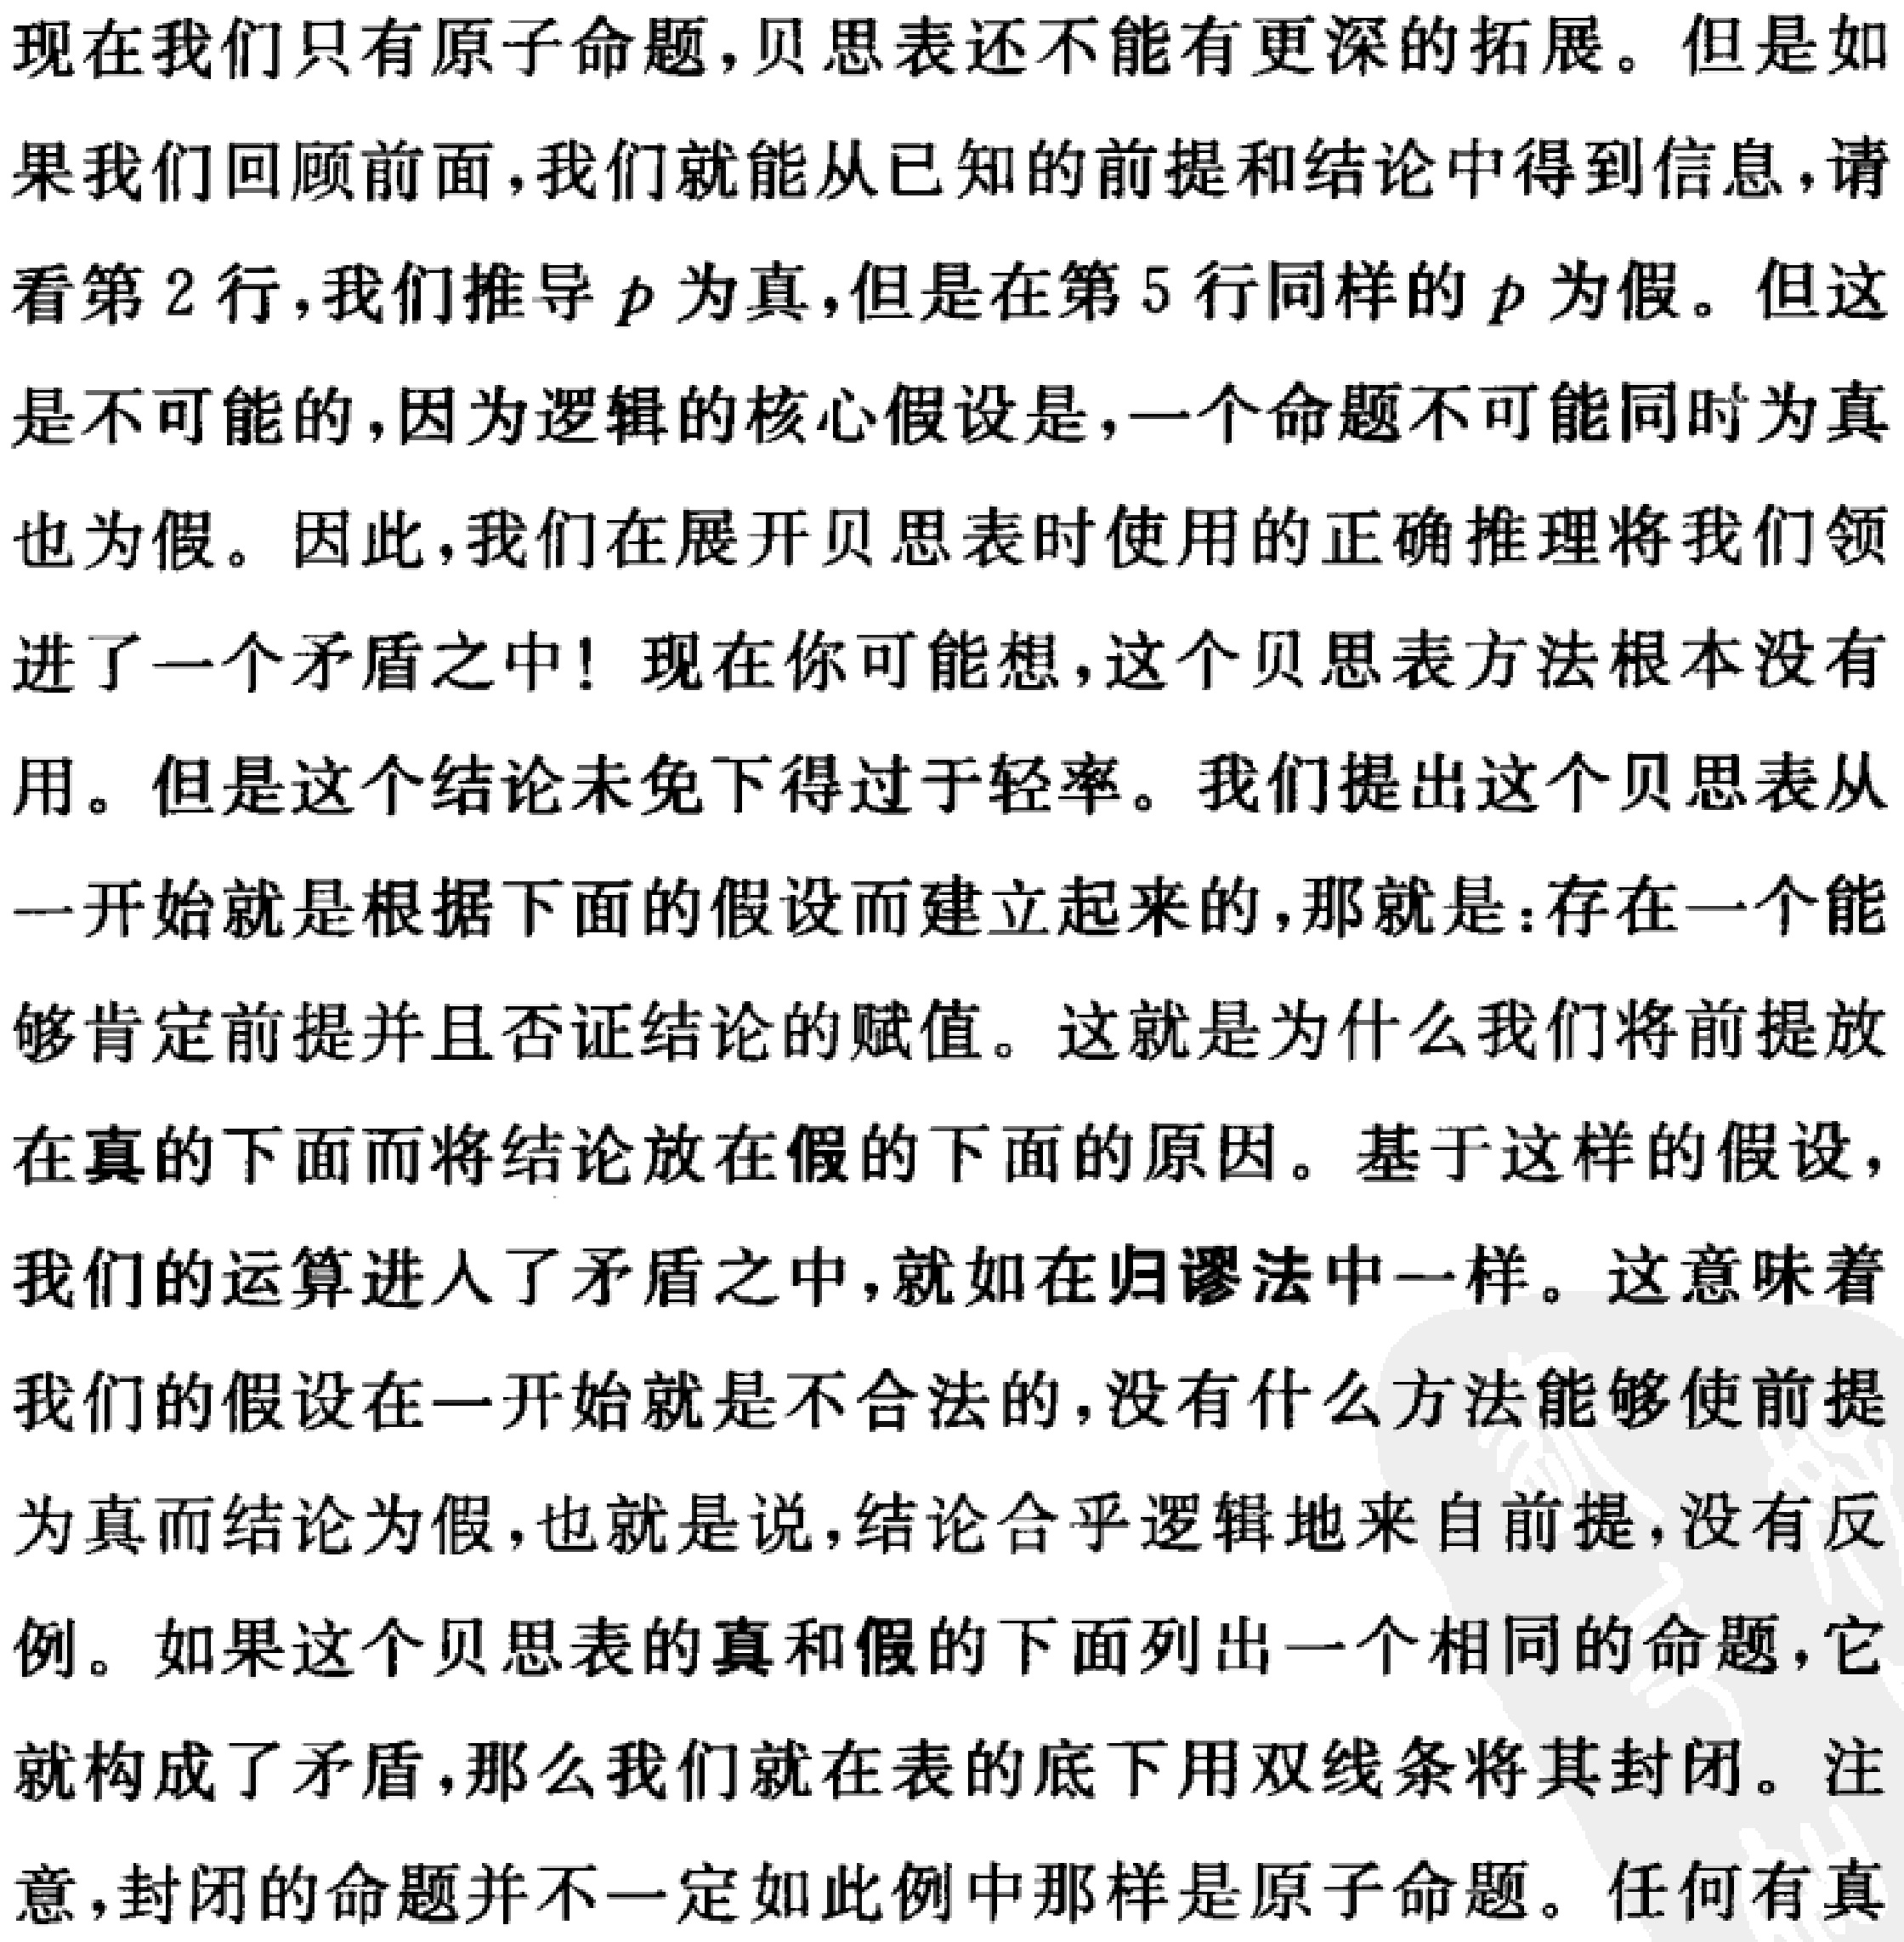
现在我们只有原子命题, 贝思表还不能有更深的拓展。但是如果我们回顾前面, 我们就能从已知的前提和结论中得到信息, 请看第 2 行, 我们推导 \(p\) 为真, 但是在第 5 行同样的 \(p\) 为假。但这是不可能的, 因为逻辑的核心假设是, 一个命题不可能同时为真也为假。因此, 我们在展开贝思表时使用的正确推理将我们领进了一个矛盾之中! 现在你可能想, 这个贝思表方法根本没有用。但是这个结论未免下得过于轻率。我们提出这个贝思表从一开始就是根据下面的假设而建立起来的, 那就是: 存在一个能够肯定前提并且否证结论的赋值。这就是为什么我们将前提放在真的下面而将结论放在假的下面的原因。基于这样的假设, 我们的运算进入了矛盾之中, 就如在归谬法中一样。这意味着我们的假设在一开始就是不合法的, 没有什么方法能够使前提为真而结论为假, 也就是说, 结论合乎逻辑地来自前提, 没有反例。如果这个贝思表的真和假的下面列出一个相同的命题, 它就构成了矛盾, 那么我们就在表的底下用双线条将其封闭。注意, 封闭的命题并不一定如此例中那样是原子命题。任何有真